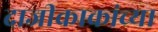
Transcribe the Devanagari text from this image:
दाजीकाकांच्या